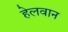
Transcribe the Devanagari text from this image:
हेलवान